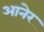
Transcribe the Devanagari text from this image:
आनेर